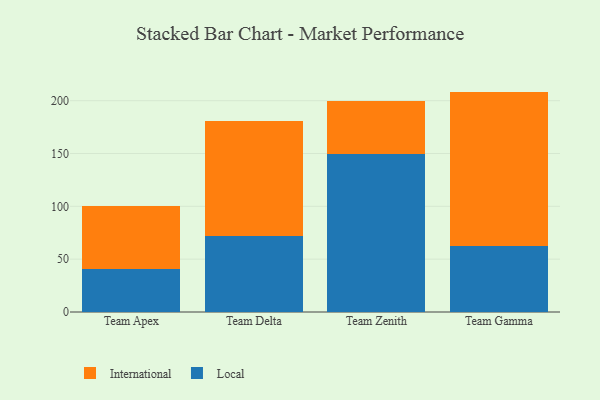
{"axis": {"x": "Team", "y": "Latency (ms)"}, "legend": ["International", "Local"], "data": [{"x": "Team Apex", "y": 40.9, "type": "Local"}, {"x": "Team Apex", "y": 59.8, "type": "International"}, {"x": "Team Delta", "y": 71.9, "type": "Local"}, {"x": "Team Delta", "y": 108.8, "type": "International"}, {"x": "Team Zenith", "y": 149.7, "type": "Local"}, {"x": "Team Zenith", "y": 50.1, "type": "International"}, {"x": "Team Gamma", "y": 62.0, "type": "Local"}, {"x": "Team Gamma", "y": 146.6, "type": "International"}]}